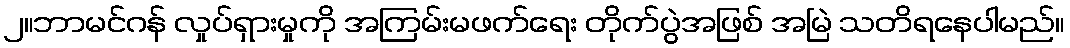
၂။ဘာမင်ဂန် လှုပ်ရှားမှုကို အကြမ်းမဖက်ရေး တိုက်ပွဲအဖြစ် အမြဲ သတိရနေပါမည်။